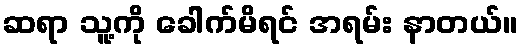
ဆရာ သူ့ကို ခေါက်မိရင် အရမ်း နာတယ်။